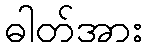
ဓါတ်အား